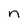
Character: n